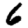
Digit: 6